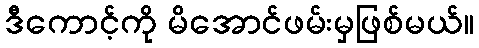
ဒီကောင့်ကို မိအောင်ဖမ်းမှဖြစ်မယ်။